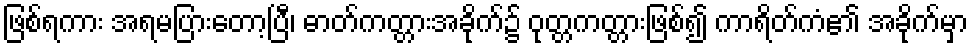
ဖြစ်ရကား အရမပြားတော့ပြီ၊ ဓာတ်ကတ္တားအခိုက်၌ ဝုတ္တကတ္တားဖြစ်၍ ကာရိတ်ကံ၏ အခိုက်မှာ